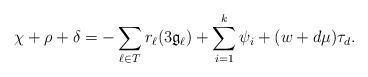
LaTeX: \begin{align*} \chi+\rho+\delta=-\sum_{\ell\in T}r_\ell(3\mathfrak{g}_\ell)+\sum_{i=1}^k\psi_i+(w+d\mu)\tau_d.\end{align*}